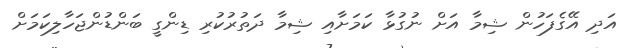
އަދި އޭގެފަހުން ޝިމާ އަށް ނުގުޅާ ކަމަށާއި ޝިމާ ދަތުރުކުރި ޑިންގީ ބަންޑުންޖަހާލިކަމަށް